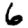
Digit: 6